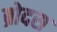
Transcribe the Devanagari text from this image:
ब्रोदस